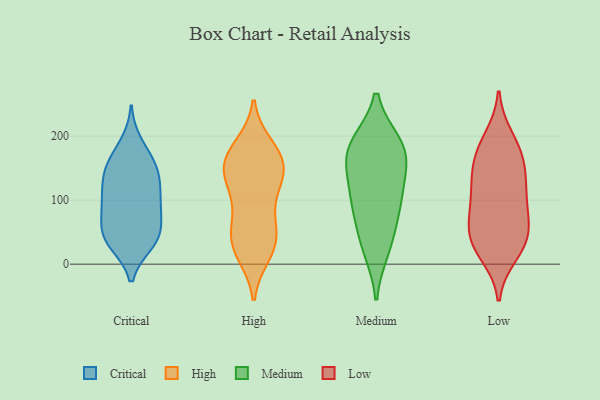
{"axis": {"x": "Operating Costs (USD K)", "y": "Value"}, "legend": ["Critical", "High", "Low", "Medium"], "data": [{"x": "", "y": 40, "type": "Critical"}, {"x": "", "y": 36, "type": "Critical"}, {"x": "", "y": 188, "type": "Critical"}, {"x": "", "y": 62, "type": "Critical"}, {"x": "", "y": 95, "type": "Critical"}, {"x": "", "y": 46, "type": "Critical"}, {"x": "", "y": 126, "type": "Critical"}, {"x": "", "y": 147, "type": "Critical"}, {"x": "", "y": 152, "type": "Critical"}, {"x": "", "y": 33, "type": "Critical"}, {"x": "", "y": 170, "type": "Critical"}, {"x": "", "y": 71, "type": "Critical"}, {"x": "", "y": 134, "type": "Critical"}, {"x": "", "y": 96, "type": "Critical"}, {"x": "", "y": 37, "type": "Critical"}, {"x": "", "y": 105, "type": "Critical"}, {"x": "", "y": 147, "type": "Critical"}, {"x": "", "y": 92, "type": "Critical"}, {"x": "", "y": 39, "type": "High"}, {"x": "", "y": 74, "type": "High"}, {"x": "", "y": 132, "type": "High"}, {"x": "", "y": 44, "type": "High"}, {"x": "", "y": 168, "type": "High"}, {"x": "", "y": 23, "type": "High"}, {"x": "", "y": 172, "type": "High"}, {"x": "", "y": 126, "type": "High"}, {"x": "", "y": 158, "type": "High"}, {"x": "", "y": 33, "type": "High"}, {"x": "", "y": 130, "type": "High"}, {"x": "", "y": 17, "type": "High"}, {"x": "", "y": 164, "type": "High"}, {"x": "", "y": 183, "type": "High"}, {"x": "", "y": 79, "type": "High"}, {"x": "", "y": 141, "type": "High"}, {"x": "", "y": 100, "type": "Medium"}, {"x": "", "y": 78, "type": "Medium"}, {"x": "", "y": 171, "type": "Medium"}, {"x": "", "y": 152, "type": "Medium"}, {"x": "", "y": 130, "type": "Medium"}, {"x": "", "y": 98, "type": "Medium"}, {"x": "", "y": 182, "type": "Medium"}, {"x": "", "y": 23, "type": "Medium"}, {"x": "", "y": 188, "type": "Medium"}, {"x": "", "y": 187, "type": "Medium"}, {"x": "", "y": 36, "type": "Medium"}, {"x": "", "y": 166, "type": "Low"}, {"x": "", "y": 16, "type": "Low"}, {"x": "", "y": 168, "type": "Low"}, {"x": "", "y": 136, "type": "Low"}, {"x": "", "y": 38, "type": "Low"}, {"x": "", "y": 197, "type": "Low"}, {"x": "", "y": 30, "type": "Low"}, {"x": "", "y": 60, "type": "Low"}, {"x": "", "y": 32, "type": "Low"}, {"x": "", "y": 86, "type": "Low"}, {"x": "", "y": 183, "type": "Low"}, {"x": "", "y": 49, "type": "Low"}, {"x": "", "y": 101, "type": "Low"}, {"x": "", "y": 125, "type": "Low"}, {"x": "", "y": 133, "type": "Low"}, {"x": "", "y": 82, "type": "Low"}]}